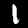
Label: 1